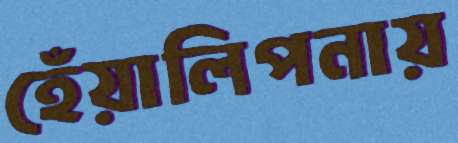
হেঁয়ালিপনায়